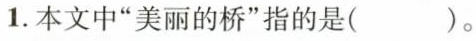
1.本文中”美丽的桥”指的是( )。